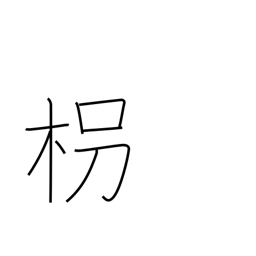
Meaning: walking stick